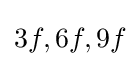
3f,6f,9f